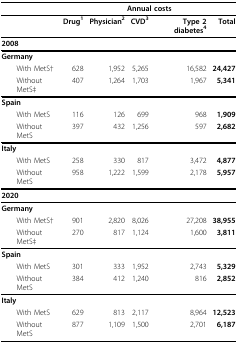
<table><thead><tr><td></td><td colspan="5"><b>Annual costs</b></td></tr></thead><tbody><tr><td></td><td><b>Drug<sup>1</sup></b></td><td><b>Physician<sup>2</sup></b></td><td><b>CVD<sup>3</sup></b></td><td><b>Type 2 diabetes<sup>4</sup></b></td><td><b>Total</b></td></tr><tr><td colspan="6"><b>2008</b></td></tr><tr><td><b>Germany</b></td><td></td><td></td><td></td><td></td><td></td></tr><tr><td> With MetS†</td><td>628</td><td>1,952</td><td>5,265</td><td>16,582</td><td><b>24,427</b></td></tr><tr><td> Without MetS‡</td><td>407</td><td>1,264</td><td>1,703</td><td>1,967</td><td><b>5,341</b></td></tr><tr><td><b>Spain</b></td><td></td><td></td><td></td><td></td><td></td></tr><tr><td> With MetS</td><td>116</td><td>126</td><td>699</td><td>968</td><td><b>1,909</b></td></tr><tr><td> Without MetS</td><td>397</td><td>432</td><td>1,256</td><td>597</td><td><b>2,682</b></td></tr><tr><td><b>Italy</b></td><td></td><td></td><td></td><td></td><td></td></tr><tr><td> With MetS</td><td>258</td><td>330</td><td>817</td><td>3,472</td><td><b>4,877</b></td></tr><tr><td> Without MetS</td><td>958</td><td>1,222</td><td>1,599</td><td>2,178</td><td><b>5,957</b></td></tr><tr><td colspan="6"><b>2020</b></td></tr><tr><td><b>Germany</b></td><td></td><td></td><td></td><td></td><td></td></tr><tr><td> With MetS†</td><td>901</td><td>2,820</td><td>8,026</td><td>27,208</td><td><b>38,955</b></td></tr><tr><td> Without MetS‡</td><td>270</td><td>817</td><td>1,124</td><td>1,600</td><td><b>3,811</b></td></tr><tr><td><b>Spain</b></td><td></td><td></td><td></td><td></td><td></td></tr><tr><td> With MetS</td><td>301</td><td>333</td><td>1,952</td><td>2,743</td><td><b>5,329</b></td></tr><tr><td> Without MetS</td><td>384</td><td>412</td><td>1,240</td><td>816</td><td><b>2,852</b></td></tr><tr><td><b>Italy</b></td><td></td><td></td><td></td><td></td><td></td></tr><tr><td> With MetS</td><td>629</td><td>813</td><td>2,117</td><td>8,964</td><td><b>12,523</b></td></tr><tr><td> Without MetS</td><td>877</td><td>1,109</td><td>1,500</td><td>2,701</td><td><b>6,187</b></td></tr></tbody></table>